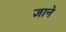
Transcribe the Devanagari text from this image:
ज्ञाने